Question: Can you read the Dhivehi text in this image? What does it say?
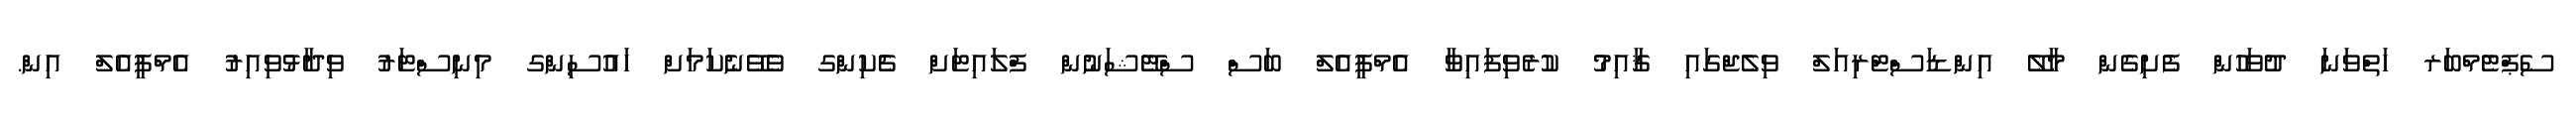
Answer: ސެޕްޓެމްބަރ ހަތްވަނަ ދުވަހުން ފެށިގެން މާލޭ އިންޑަސްޓްރިއަލް ވިލެޖްގައި ޤާއިމު ކުރެވިފައިވާ އެމްޕީއެލް ބަސް ސްޓޭޝަނުން ފްލައިޓަށް ޗެކިންގ ވެވޭނެކަމަށް ހައުސިންގ މިނިސްޓަރު ވިދާޅުވިއިރު އެމްޕީއެލް އިން.